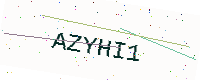
Text: AZYHI1